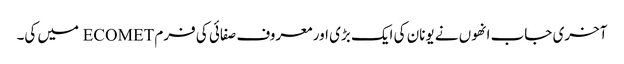
آخری جاب انھوں نے یونان کی ایک بڑی اور معروف صفائی کی فرم ECOMET میں کی۔